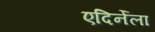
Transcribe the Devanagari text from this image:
एदिर्नेला